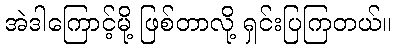
အဲဒါကြောင့်မို့ ဖြစ်တာလို့ ရှင်းပြကြတယ်။